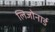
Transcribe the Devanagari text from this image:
लिजोनार्ड